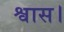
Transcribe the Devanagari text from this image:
श्वास।